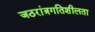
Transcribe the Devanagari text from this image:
जठरांत्रगतिशीलता